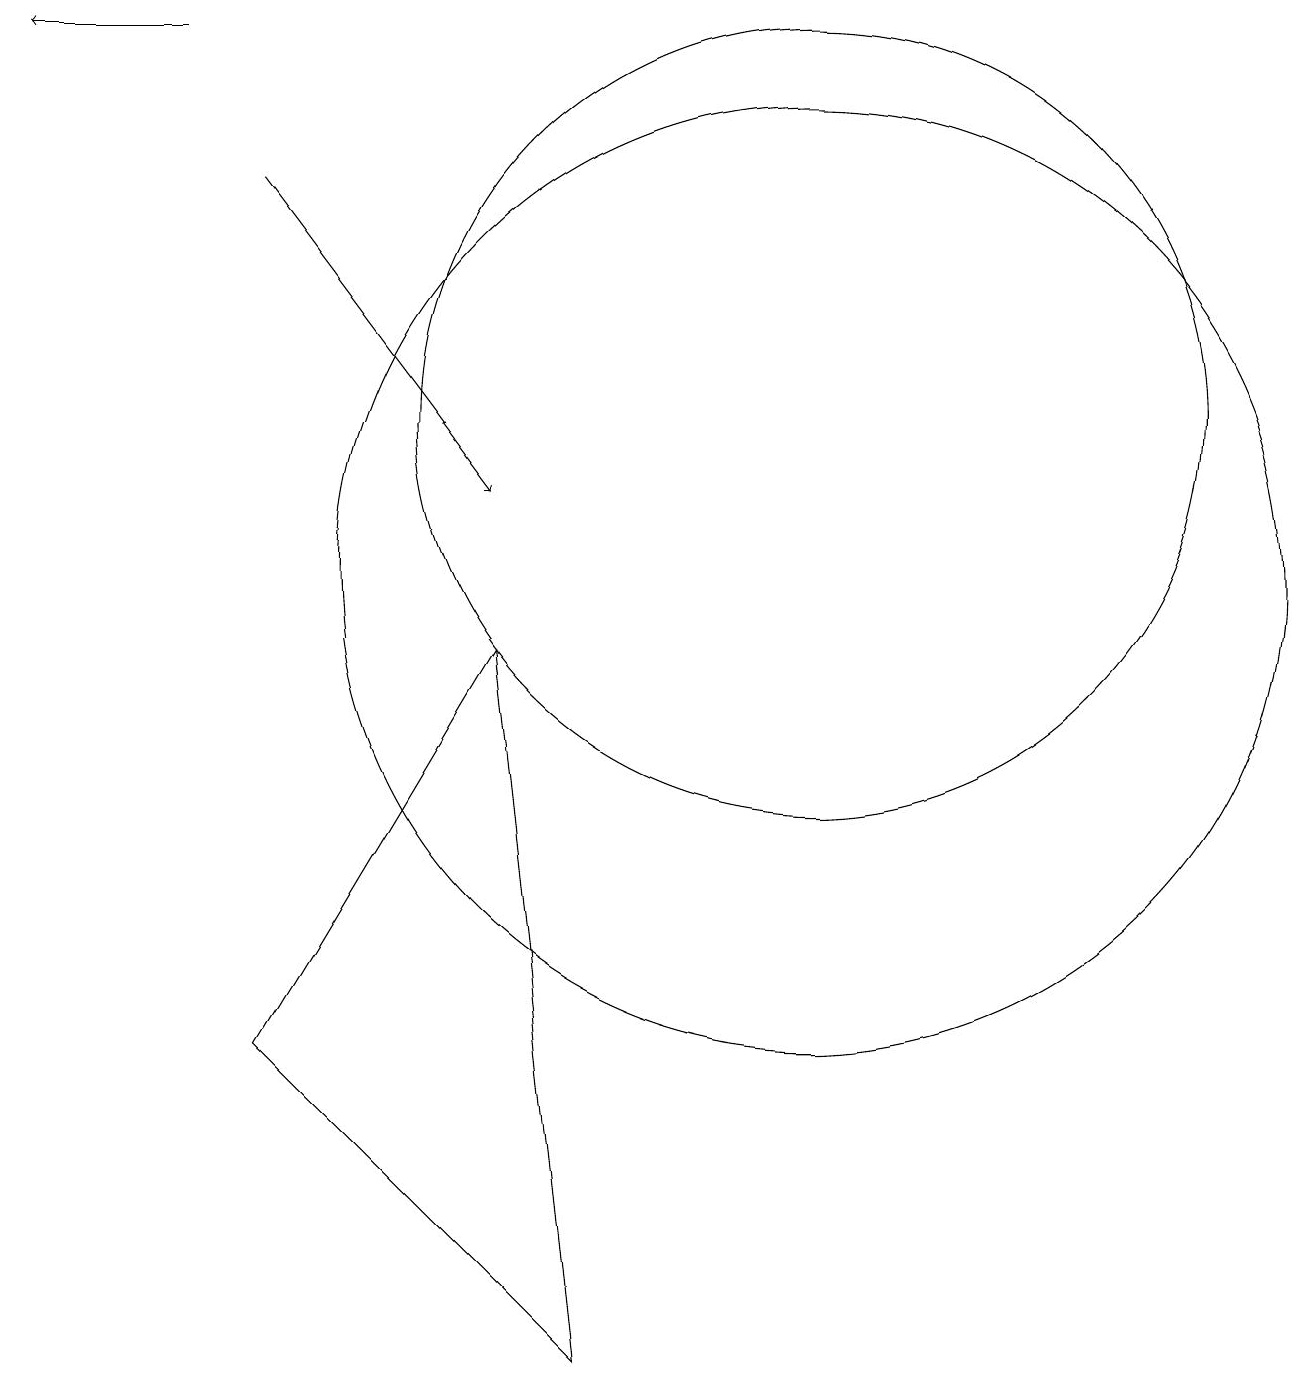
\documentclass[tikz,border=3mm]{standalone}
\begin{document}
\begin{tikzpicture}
\draw[->] (3,17) -- (1,17);
\draw (8,0) -- (4,4) -- (7,9) -- cycle;
\draw (11,10) circle (6);
\draw[->] (4,15) -- (7,11);
\draw (11,12) circle (5);
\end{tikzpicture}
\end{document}